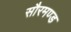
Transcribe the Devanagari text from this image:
सौरमण्ड